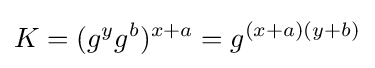
K=(g^{y}g^{b})^{x+a}=g^{(x+a)(y+b)}